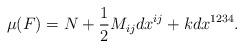
LaTeX: \begin{align*}\mu(F)=N+\frac{1}{2}M_{ij}dx^{ij}+k dx^{1234}.\end{align*}